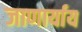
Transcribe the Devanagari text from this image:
जाणार्याय